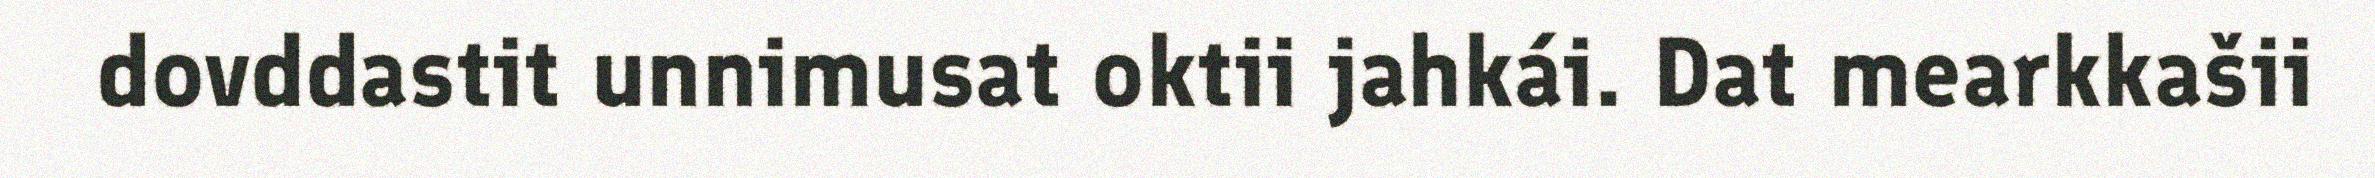
dovddastit unnimusat oktii jahkái. Dat mearkkašii